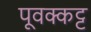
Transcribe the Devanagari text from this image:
पूवक्कट्ट